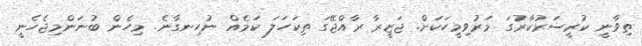
ތިވާނީ ކުރީސަރުކާރުގަ މަރުވިމީހަކަށް. ޖަޒީރާ ރާއްޖޭގަ ތިކަހަލަ ކަމެއް ނުހިނގާނެ. މިހެން ބުނަންމިޖެހެނީ